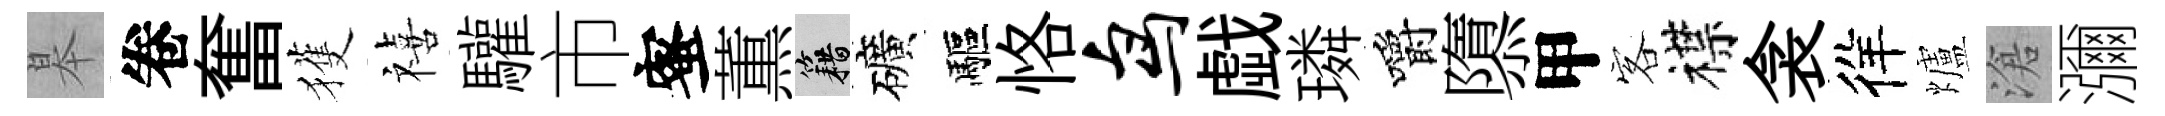
皋卷奮獲禧驩市蜜薫籍礦驅恪鸟戯璘嚼隳甲客襟衾徉爐滄瀰